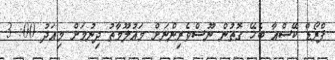
ފްރޯޑް ކޭސްއާ ބެހޭ ގޮތުން ނޫސްވެރިންނަށް މައުލޫމާތު ދިނުމަށް މިއަދު 00: 3